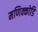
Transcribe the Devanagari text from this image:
मणिक्कोडि